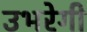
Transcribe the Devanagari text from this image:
उभरेगी